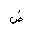
Letter: _dad